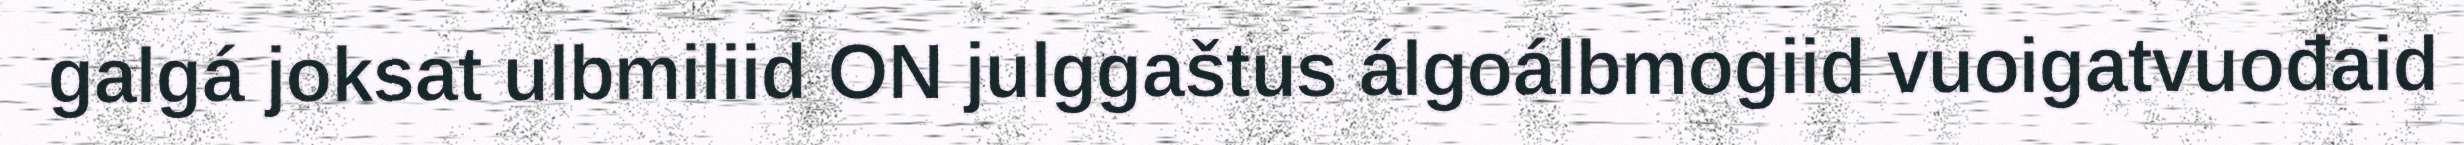
galgá joksat ulbmiliid ON julggaštus álgoálbmogiid vuoigatvuođaid